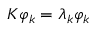
{ \cal K } \varphi _ { k } = \lambda _ { k } \varphi _ { k }